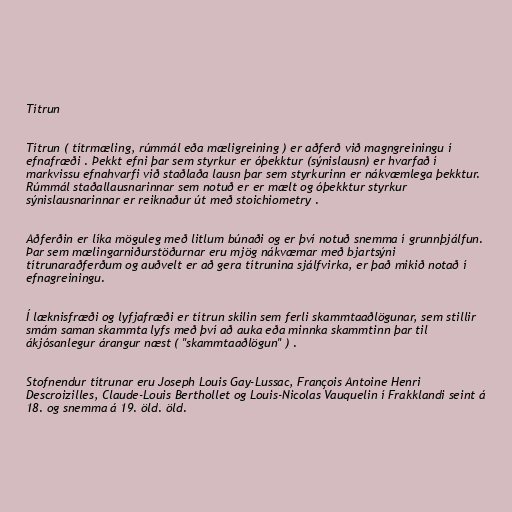
Títrun

Títrun ( títrmæling, rúmmál eða mæligreining ) er aðferð við magngreiningu í
efnafræði . Þekkt efni þar sem styrkur er óþekktur (sýnislausn) er hvarfað í
markvissu efnahvarfi við staðlaða lausn þar sem styrkurinn er nákvæmlega þekktur.
Rúmmál staðallausnarinnar sem notuð er er mælt og óþekktur styrkur
sýnislausnarinnar er reiknaður út með stoichiometry .

Aðferðin er líka möguleg með litlum búnaði og er því notuð snemma í grunnþjálfun.
Þar sem mælingarniðurstöðurnar eru mjög nákvæmar með bjartsýni
títrunaraðferðum og auðvelt er að gera títrunina sjálfvirka, er það mikið notað í
efnagreiningu.

Í læknisfræði og lyfjafræði er títrun skilin sem ferli skammtaaðlögunar, sem stillir
smám saman skammta lyfs með því að auka eða minnka skammtinn þar til
ákjósanlegur árangur næst ( "skammtaaðlögun" ) .

Stofnendur títrunar eru Joseph Louis Gay-Lussac, François Antoine Henri
Descroizilles, Claude-Louis Berthollet og Louis-Nicolas Vauquelin í Frakklandi seint á
18. og snemma á 19. öld. öld.